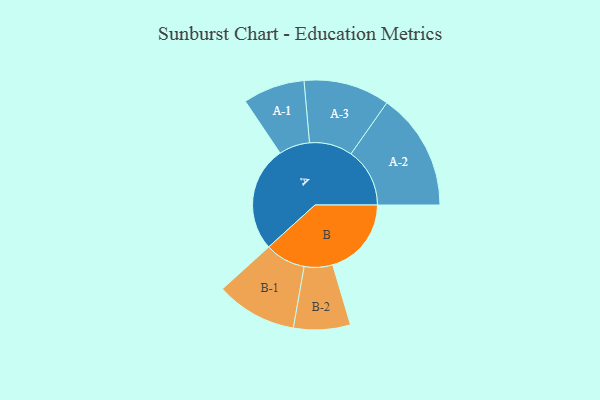
{"axis": {"x": "Segment", "y": "Value"}, "legend": ["", "A", "B"], "data": [{"x": "A", "y": 460, "type": ""}, {"x": "B", "y": 344, "type": ""}, {"x": "A-1", "y": 135, "type": "A"}, {"x": "A-2", "y": 257, "type": "A"}, {"x": "A-3", "y": 188, "type": "A"}, {"x": "B-1", "y": 177, "type": "B"}, {"x": "B-2", "y": 124, "type": "B"}]}